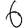
Digit: 6